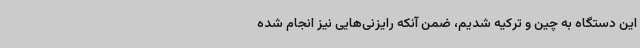
این دستگاه به چین و ترکیه شدیم، ضمن آنکه رایزنی‌هایی نیز انجام شده